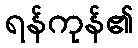
ရန်ကုန်၏